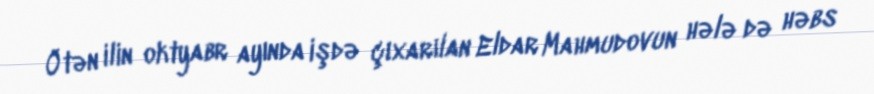
Ötən ilin oktyabr ayında işdə çıxarılan Eldar Mahmudovun hələ də həbs